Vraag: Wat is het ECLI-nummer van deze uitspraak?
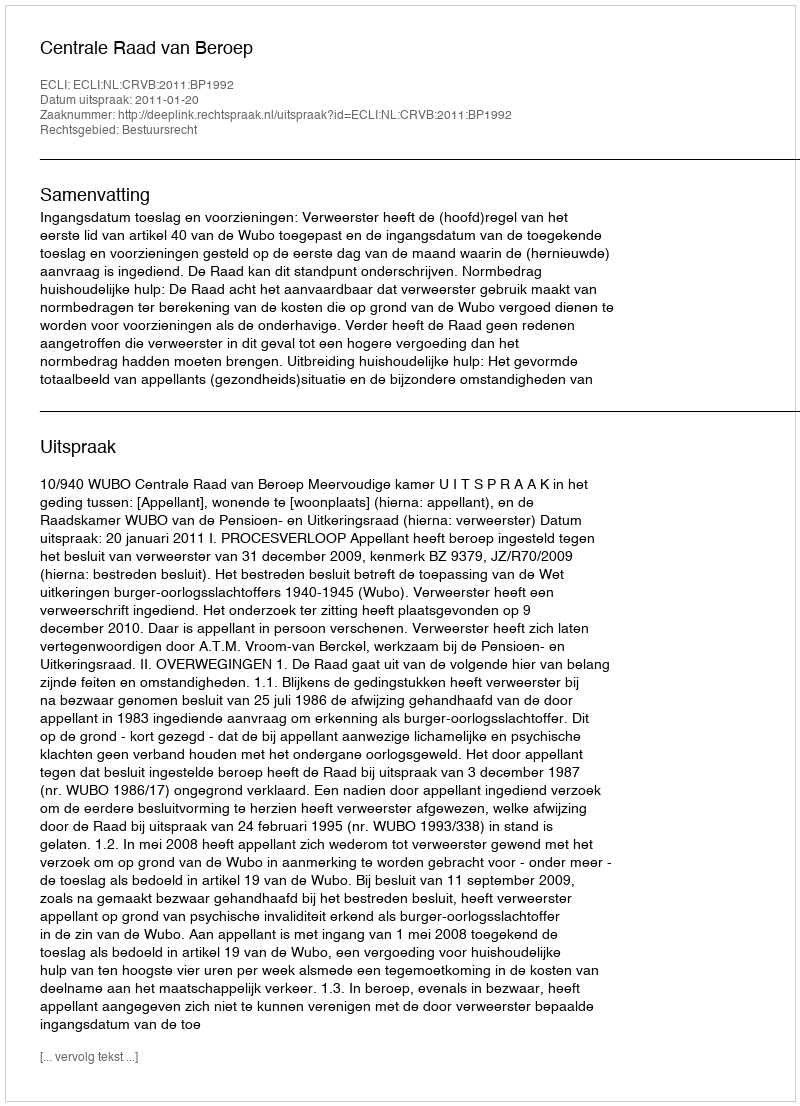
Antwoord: ECLI:NL:CRVB:2011:BP1992